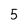
Character: 5